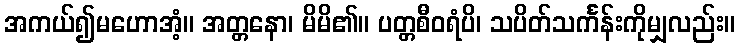
အကယ်၍မဟောအံ့။ အတ္တနော၊ မိမိ၏။ ပတ္တစီဝရံပိ၊ သပိတ်သင်္ကန်းကိုမျှလည်း။